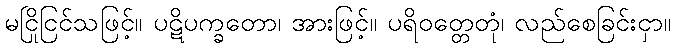
မငြိုငြင်သဖြင့်။ ပဋိပက္ခတော၊ အားဖြင့်။ ပရိဝတ္တေတုံ၊ လည်စေခြင်းငှာ။